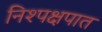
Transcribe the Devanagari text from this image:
निश्पक्षपात